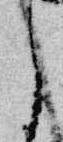
之